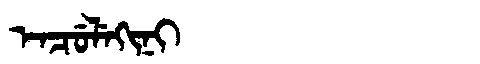
Manchu: ᡝᠨᠴᡠᠯᡝᡴᡳᠨᡳ
Romanization: ENCULEKINI